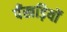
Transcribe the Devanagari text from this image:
पँखड़ियों